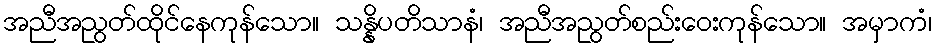
အညီအညွတ်ထိုင်နေကုန်သော။ သန္နိပတိသာနံ၊ အညီအညွတ်စည်းဝေးကုန်သော။ အမှာကံ၊